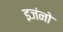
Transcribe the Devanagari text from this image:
इजंनो